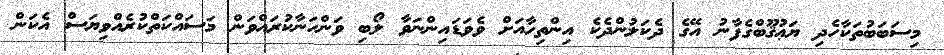
މިސަބަބުތަކާހެދި ޔަޢުޤޫބްގެފާނު އޭގެ ދެކަލުންދެކެ އިންތިހާއަށް ވެވަޑައިންނަވާ ލޯބި ވަންހަނާކުރައްވަން މަސައްކަތްކުރެއްވިޔަސް އެކަން